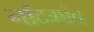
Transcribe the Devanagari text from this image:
नांदगांव